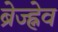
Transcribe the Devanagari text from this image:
ब्रेज्ह्नेव